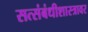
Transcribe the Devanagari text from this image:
सत्संबंधीशास्त्रावर